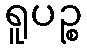
ရူပဉ္စ